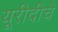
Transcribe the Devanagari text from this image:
यूरीदीचे